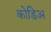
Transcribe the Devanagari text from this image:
कोडिअ